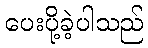
ပေးပို့ခဲ့ပါသည်